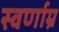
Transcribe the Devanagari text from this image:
स्वर्णाम्र